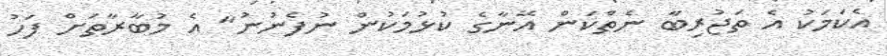
އެކަމަކު އެ ތަޖުރިބާ ނެތްކަން އޭނާގެ ކުޅުމަކުން ނުފެނުނު" އެ މުބާރާތަށް ފަހު